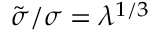
\tilde { \sigma } / \sigma = \lambda ^ { 1 / 3 }